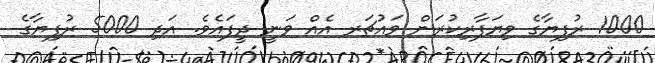
1000 ރުފިޔާގެ ވިޔަފާރިކުރަން ވައުޗަރ އެއް ވަނީ ދީފައެވެ. އަދި 5000 ރުފިޔާގެ